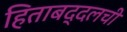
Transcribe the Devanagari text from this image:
हिताबद्दलची